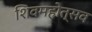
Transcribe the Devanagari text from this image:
शिवमहोत्सव